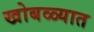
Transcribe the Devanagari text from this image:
खोबळ्यात